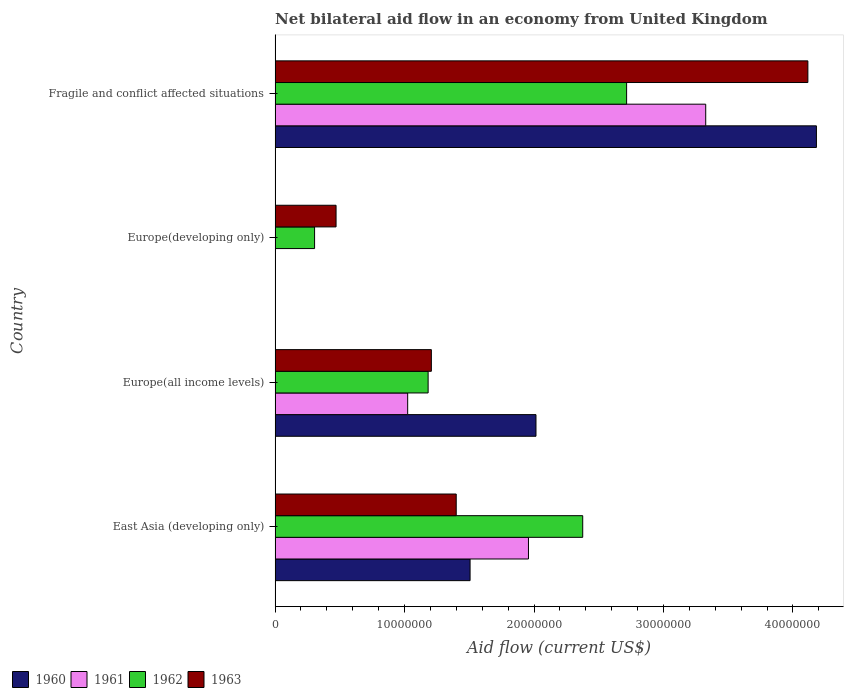
| Country | 1960 | 1961 | 1962 | 1963 |
 | --- | --- | --- | --- | --- |
 | East Asia (developing only) | 1.51e+07 | 1.96e+07 | 2.38e+07 | 1.4e+07 |
 | Europe(all income levels) | 2.02e+07 | 1.02e+07 | 1.18e+07 | 1.21e+07 |
 | Europe(developing only) | -1.88e+06 | -3.86e+06 | 3.05e+06 | 4.71e+06 |
 | Fragile and conflict affected situations | 4.18e+07 | 3.33e+07 | 2.72e+07 | 4.12e+07 |